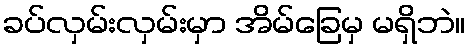
ခပ်လှမ်းလှမ်းမှာ အိမ်ခြေမှ မရှိဘဲ။